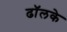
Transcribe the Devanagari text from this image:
ढॉलके